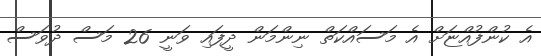
އެ ކުންފުއްޏަށް އެ މަސައްކަތް ނިންމަން ދީފައި ވަނީ 26 މަސް ދުވަސް